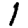
Digit: 1